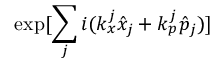
\exp [ { \sum _ { j } i ( k _ { x } ^ { j } \hat { x } _ { j } + k _ { p } ^ { j } \hat { p } _ { j } } ) ]